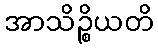
အာသိဉ္စိယတိ